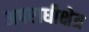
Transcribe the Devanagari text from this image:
अपराधीक्षेत्र